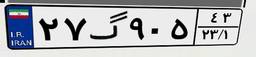
۹۲گ۵۷۴۱۴